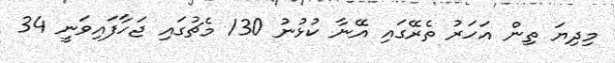
މިދިޔަ ތިން އަހަރު ތެރޭގައި އޭނާ ކުޅުނު 130 މެޗުގައި ޖަހާފައިވަނީ 34